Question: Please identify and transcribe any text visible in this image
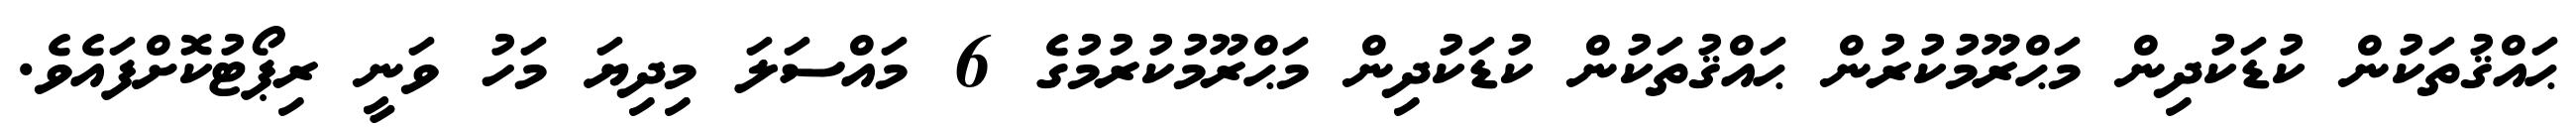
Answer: ޙައްޤުތަކުން ކުޑަކުދިން މަޙްރޫމުކުރުން ޙައްޤުތަކުން ކުޑަކުދިން މަޙްރޫމުކުރުމުގެ 6 މައްސަލަ މިދިޔަ މަހު ވަނީ ރިޕޯޓުކޮށްފައެވެ.